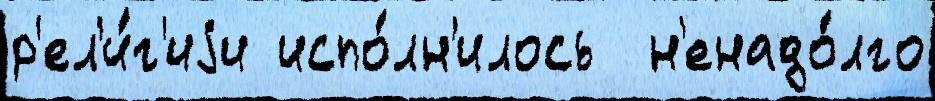
р'ел'и́г'иjи испо́лн'илось  н'енадо́лго